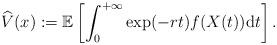
LaTeX: \begin{align*}\widehat{V}(x):=\mathbb{E}\left[\int_0^{+\infty}\exp(-rt)f(X(t))\mathrm{d}t\right].\end{align*}